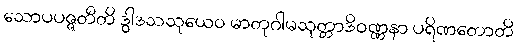
သောပပဇ္ဇတီတိ ဒွါဒသသုယေဝ မာတုဂါမသုတ္တာဒိဝဏ္ဏနာ ပရိဏတောတိ